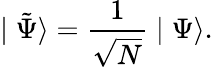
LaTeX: \mid\tilde{\Psi}\rangle=\frac 1{\sqrt{N}}\mid\Psi\rangle.